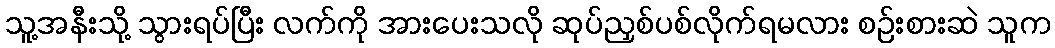
သူ့အနီးသို့ သွားရပ်ပြီး လက်ကို အားပေးသလို ဆုပ်ညှစ်ပစ်လိုက်ရမလား စဉ်းစားဆဲ သူက